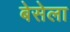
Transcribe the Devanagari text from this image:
बेसेला